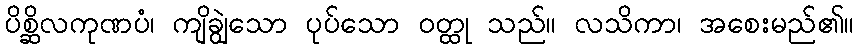
ပိစ္ဆိလကုဏပံ၊ ကျိချွဲသော ပုပ်သော ဝတ္ထု သည်။ လသိကာ၊ အစေးမည်၏။